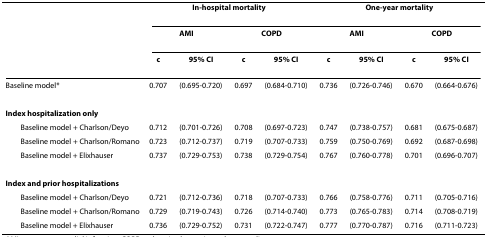
<table><thead><tr><td></td><td colspan="4"><b>In-hospital mortality</b></td><td colspan="4"><b>One-year mortality</b></td></tr><tr><td></td><td colspan="2"><b>AMI</b></td><td colspan="2"><b>COPD</b></td><td colspan="2"><b>AMI</b></td><td colspan="2"><b>COPD</b></td></tr><tr><td></td><td><b>c</b></td><td><b>95% CI</b></td><td><b>c</b></td><td><b>95% CI</b></td><td><b>c</b></td><td><b>95% CI</b></td><td><b>c</b></td><td><b>95% CI</b></td></tr></thead><tbody><tr><td>Baseline model*</td><td>0.707</td><td>(0.695-0.720)</td><td>0.697</td><td>(0.684-0.710)</td><td>0.736</td><td>(0.726-0.746)</td><td>0.670</td><td>(0.664-0.676)</td></tr><tr><td><b>Index hospitalization only</b></td><td></td><td></td><td></td><td></td><td></td><td></td><td></td><td></td></tr><tr><td> Baseline model + Charlson/Deyo</td><td>0.712</td><td>(0.701-0.726)</td><td>0.708</td><td>(0.697-0.723)</td><td>0.747</td><td>(0.738-0.757)</td><td>0.681</td><td>(0.675-0.687)</td></tr><tr><td> Baseline model + Charlson/Romano</td><td>0.723</td><td>(0.712-0.737)</td><td>0.719</td><td>(0.707-0.733)</td><td>0.759</td><td>(0.750-0.769)</td><td>0.692</td><td>(0.687-0.698)</td></tr><tr><td> Baseline model + Elixhauser</td><td>0.737</td><td>(0.729-0.753)</td><td>0.738</td><td>(0.729-0.754)</td><td>0.767</td><td>(0.760-0.778)</td><td>0.701</td><td>(0.696-0.707)</td></tr><tr><td><b>Index and prior hospitalizations</b></td><td></td><td></td><td></td><td></td><td></td><td></td><td></td><td></td></tr><tr><td> Baseline model + Charlson/Deyo</td><td>0.721</td><td>(0.712-0.736)</td><td>0.718</td><td>(0.707-0.733)</td><td>0.766</td><td>(0.758-0.776)</td><td>0.711</td><td>(0.705-0.716)</td></tr><tr><td> Baseline model + Charlson/Romano</td><td>0.729</td><td>(0.719-0.743)</td><td>0.726</td><td>(0.714-0.740)</td><td>0.773</td><td>(0.765-0.783)</td><td>0.714</td><td>(0.708-0.719)</td></tr><tr><td> Baseline model + Elixhauser</td><td>0.736</td><td>(0.729-0.752)</td><td>0.731</td><td>(0.722-0.747)</td><td>0.777</td><td>(0.770-0.787)</td><td>0.716</td><td>(0.711-0.723)</td></tr></tbody></table>